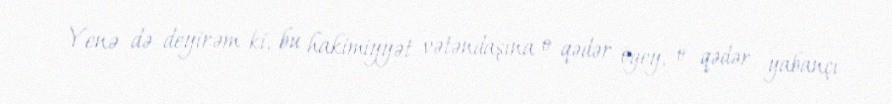
Yenə də deyirəm ki, bu hakimiyyət vətəndaşına o qədər ögey, o qədər yabançı